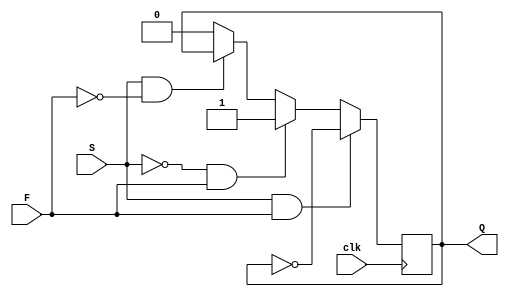
`timescale 1ns / 1ps

module sf(
    input S,
    input F,
    input clk,
    output reg Q
    );
    
    initial begin
        Q = 0;
    end
	
    // write your code here
	 always@(posedge clk)
		if(S == 1 && F == 1) Q <= !Q ;
		else if(S == 0 && F == 1) Q <= 1;
		else if(S == 1 && F == 0) Q <= Q;
		else Q <= 0;
	 
	 
endmodule


module ic1500(
    input B, 
    input A, 
    input X, 
	 input clk,
	 output D0,
	 output D1,
	 output Q,
    output Z
    );
    // write your code here
	 assign D1 = ((A&(~B)&(~X)) | ((~A)&B&(~X)));
	 assign D0 = (X | (A&(~B)));
	 sf icl(.S(D1), .F(D0), .clk(clk), .Q(Q));
	 assign Z = (X & icl.Q);
	
endmodule